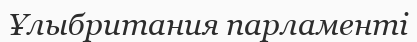
Ұлыбритания парламенті